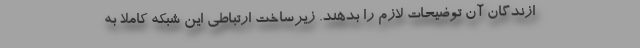
ازندگان آن توضیحات لازم را بدهند. زیرساخت ارتباطی این شبکه کاملا به